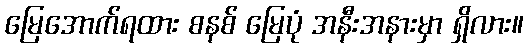
မြေအောက်ရထား စနစ် မြေပုံ အနီးအနားမှာ ရှိလား။